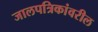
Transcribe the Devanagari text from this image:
जालपत्रिकांवरील